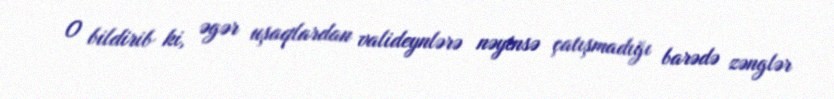
O bildirib ki, əgər uşaqlardan valideynlərə nəyinsə çatışmadığı barədə zənglər